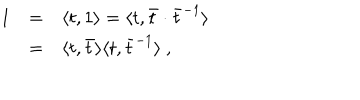
\begin{array} { r c l } { { 1 } } & { { = } } & { { \langle t , 1 \rangle = \langle t , { \bar { t } } \cdot { \bar { t } } ^ { - 1 } \rangle } } \\ { { } } & { { = } } & { { \langle t , \bar { t } \rangle \langle t , \bar { t } ^ { - 1 } \rangle ~ , } } \\ \end{array}